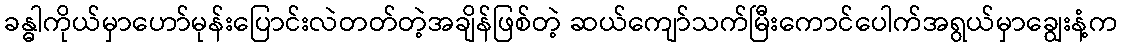
ခန္ဓါကိုယ်မှာဟော်မုန်းပြောင်းလဲတတ်တဲ့အချိန်ဖြစ်တဲ့ ဆယ်ကျော်သက်မြီးကောင်ပေါက်အရွယ်မှာချွေးနံ့က